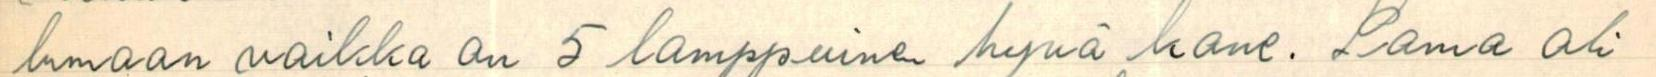
lumaan vaikka on 5 lamppuinen hyvä kone. Sama oli